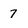
Character: 7